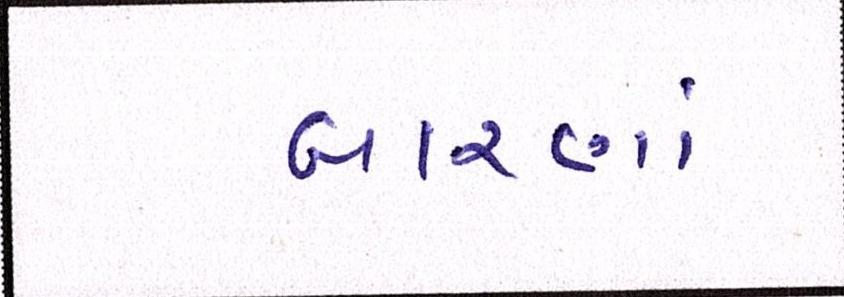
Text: બારણાં